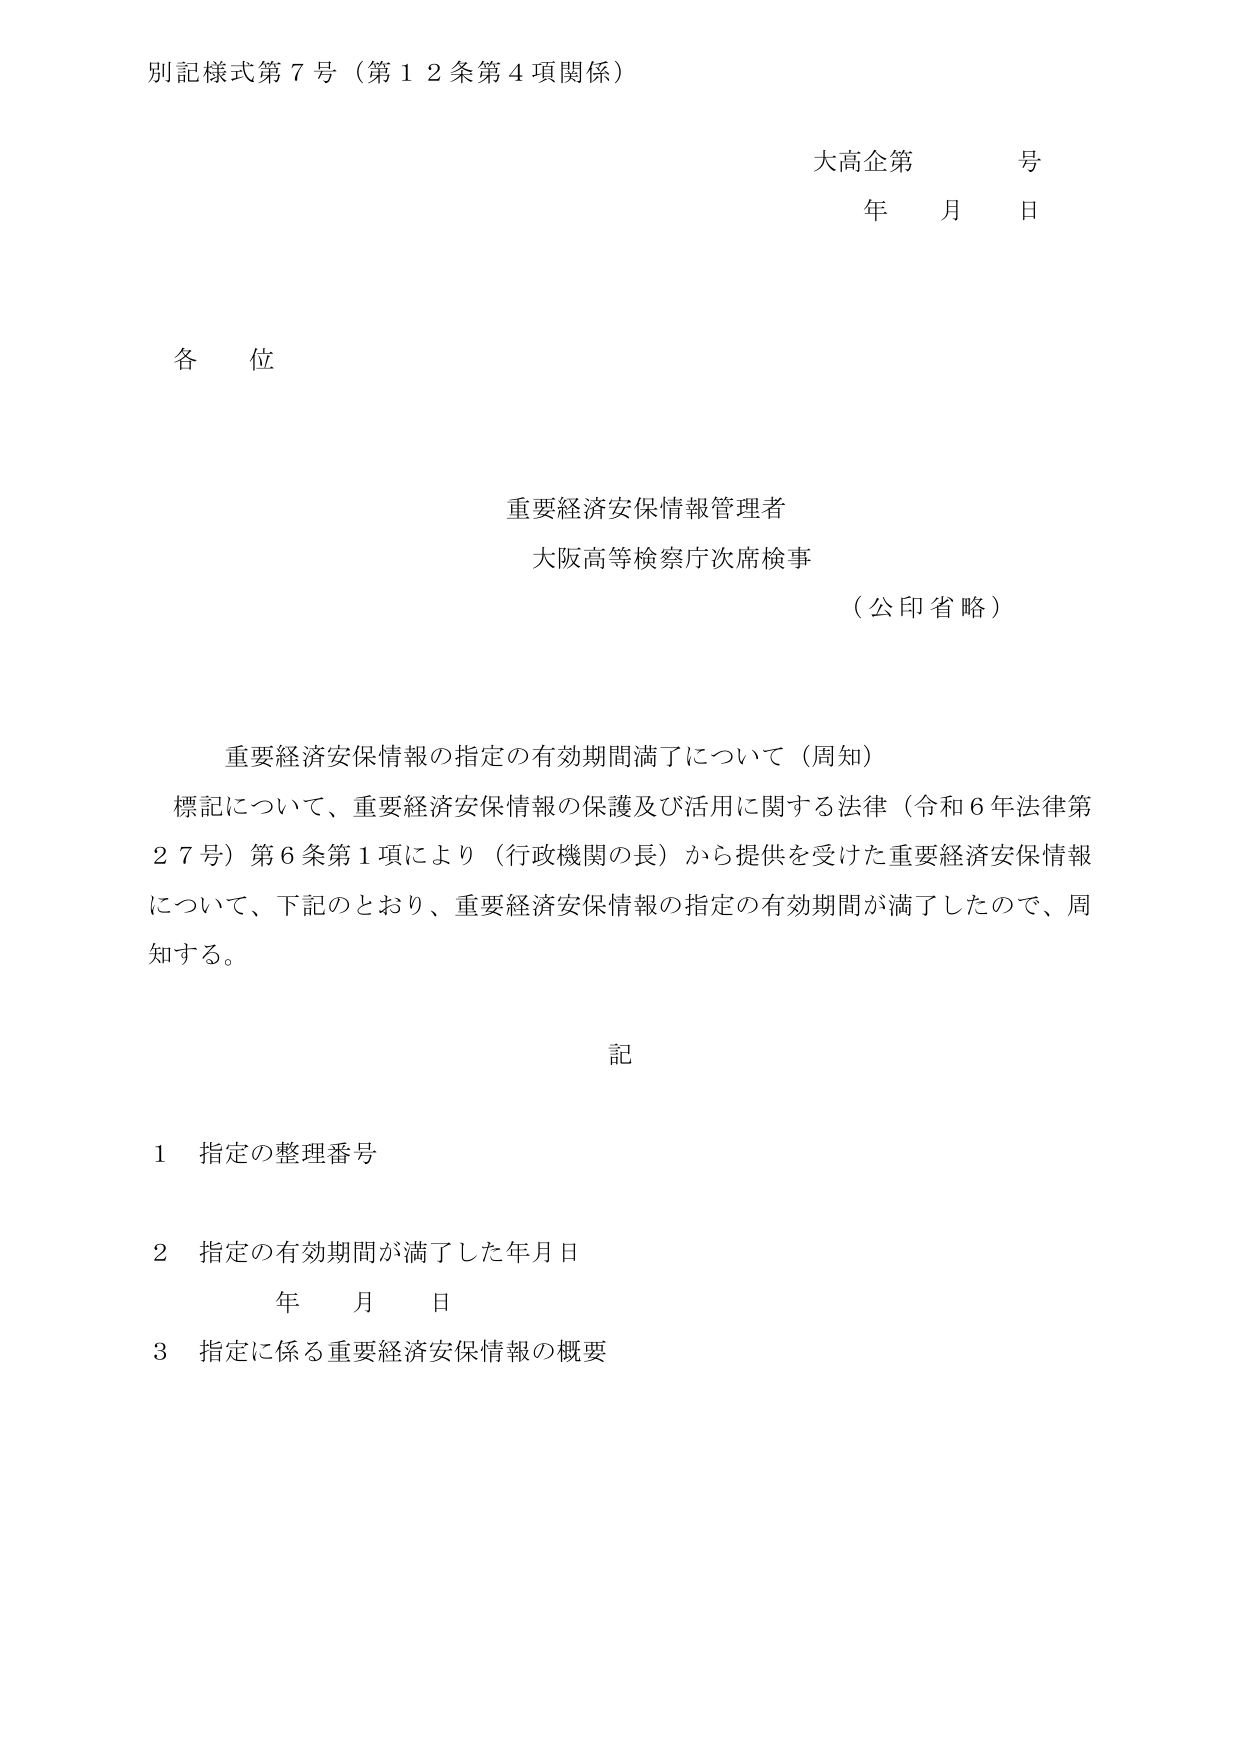
別記様式第７号（第１２条第４項関係）

大高企第　　号
年　　月　　日

各位

重要経済安保情報管理者
大阪高等検察庁次席検事
（公印省略）

重要経済安保情報の指定の有効期間満了について（周知）
標記について、重要経済安保情報の保護及び活用に関する法律（令和６年法律第２７号）第６条第１項により（行政機関の長）から提供を受けた重要経済安保情報について、下記のとおり、重要経済安保情報の指定の有効期間が満了したので、周知する。

記

１　指定の整理番号

２　指定の有効期間が満了した年月日
　　年　　月　　日

３　指定に係る重要経済安保情報の概要